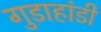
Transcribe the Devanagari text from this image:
गुडाहांडी